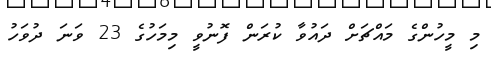
މި މީހުންގެ މައްޗަށް ދައުވާ ކުރަން ފޮނުވީ މިމަހުގެ 23 ވަނަ ދުވަހު